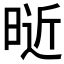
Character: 𰖑